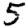
Digit: 5